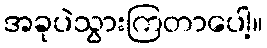
အခုပဲသွားကြတာပေါ့။